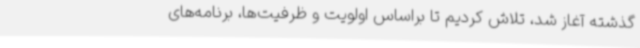
گذشته آغاز شد، تلاش کردیم تا براساس اولویت و ظرفیت‌ها، برنامه‌های